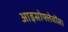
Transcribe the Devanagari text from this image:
आइसोफ्लेवोंस।